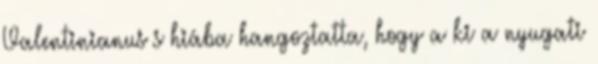
Valentinianus s hiába hangoztatta, hogy a ki a nyugati